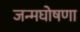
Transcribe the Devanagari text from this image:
जन्मघोषणा